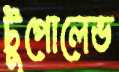
টুপোলেভ